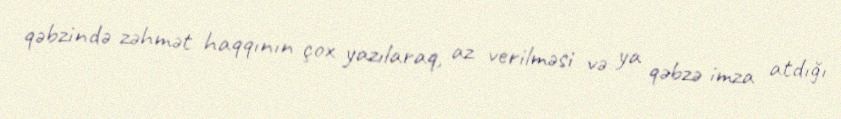
qəbzində zəhmət haqqının çox yazılaraq, az verilməsi və ya qəbzə imza atdığı